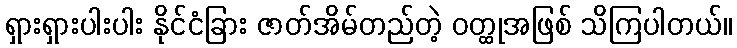
ရှားရှားပါးပါး နိုင်ငံခြား ဇာတ်အိမ်တည်တဲ့ ဝတ္ထုအဖြစ် သိကြပါတယ်။